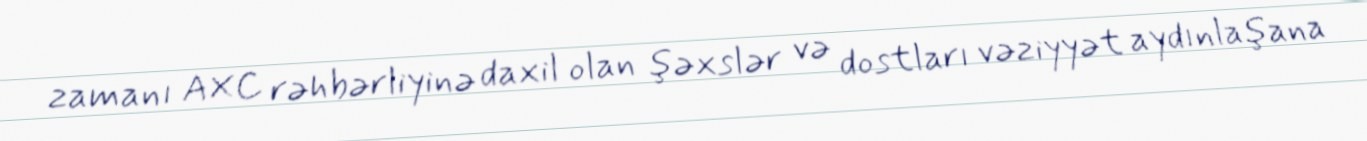
zamanı AXC rəhbərliyinə daxil olan şəxslər və dostları vəziyyət aydınlaşana